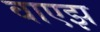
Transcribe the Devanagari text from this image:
वाएझ